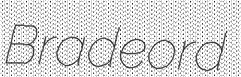
Bradeord